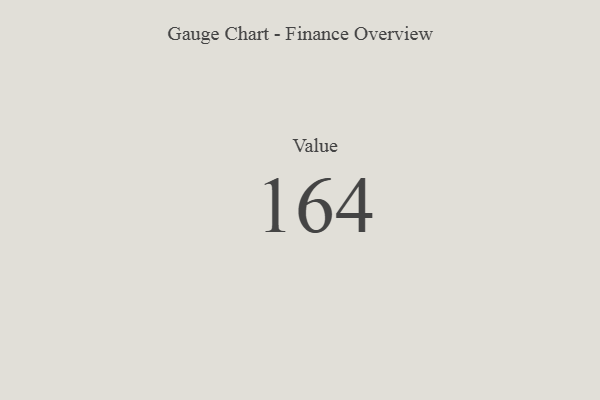
{"axis": {"x": "Metric", "y": "Value"}, "legend": [""], "data": [{"x": "Value", "y": 164, "type": ""}]}